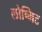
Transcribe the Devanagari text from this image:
लोष्मिट